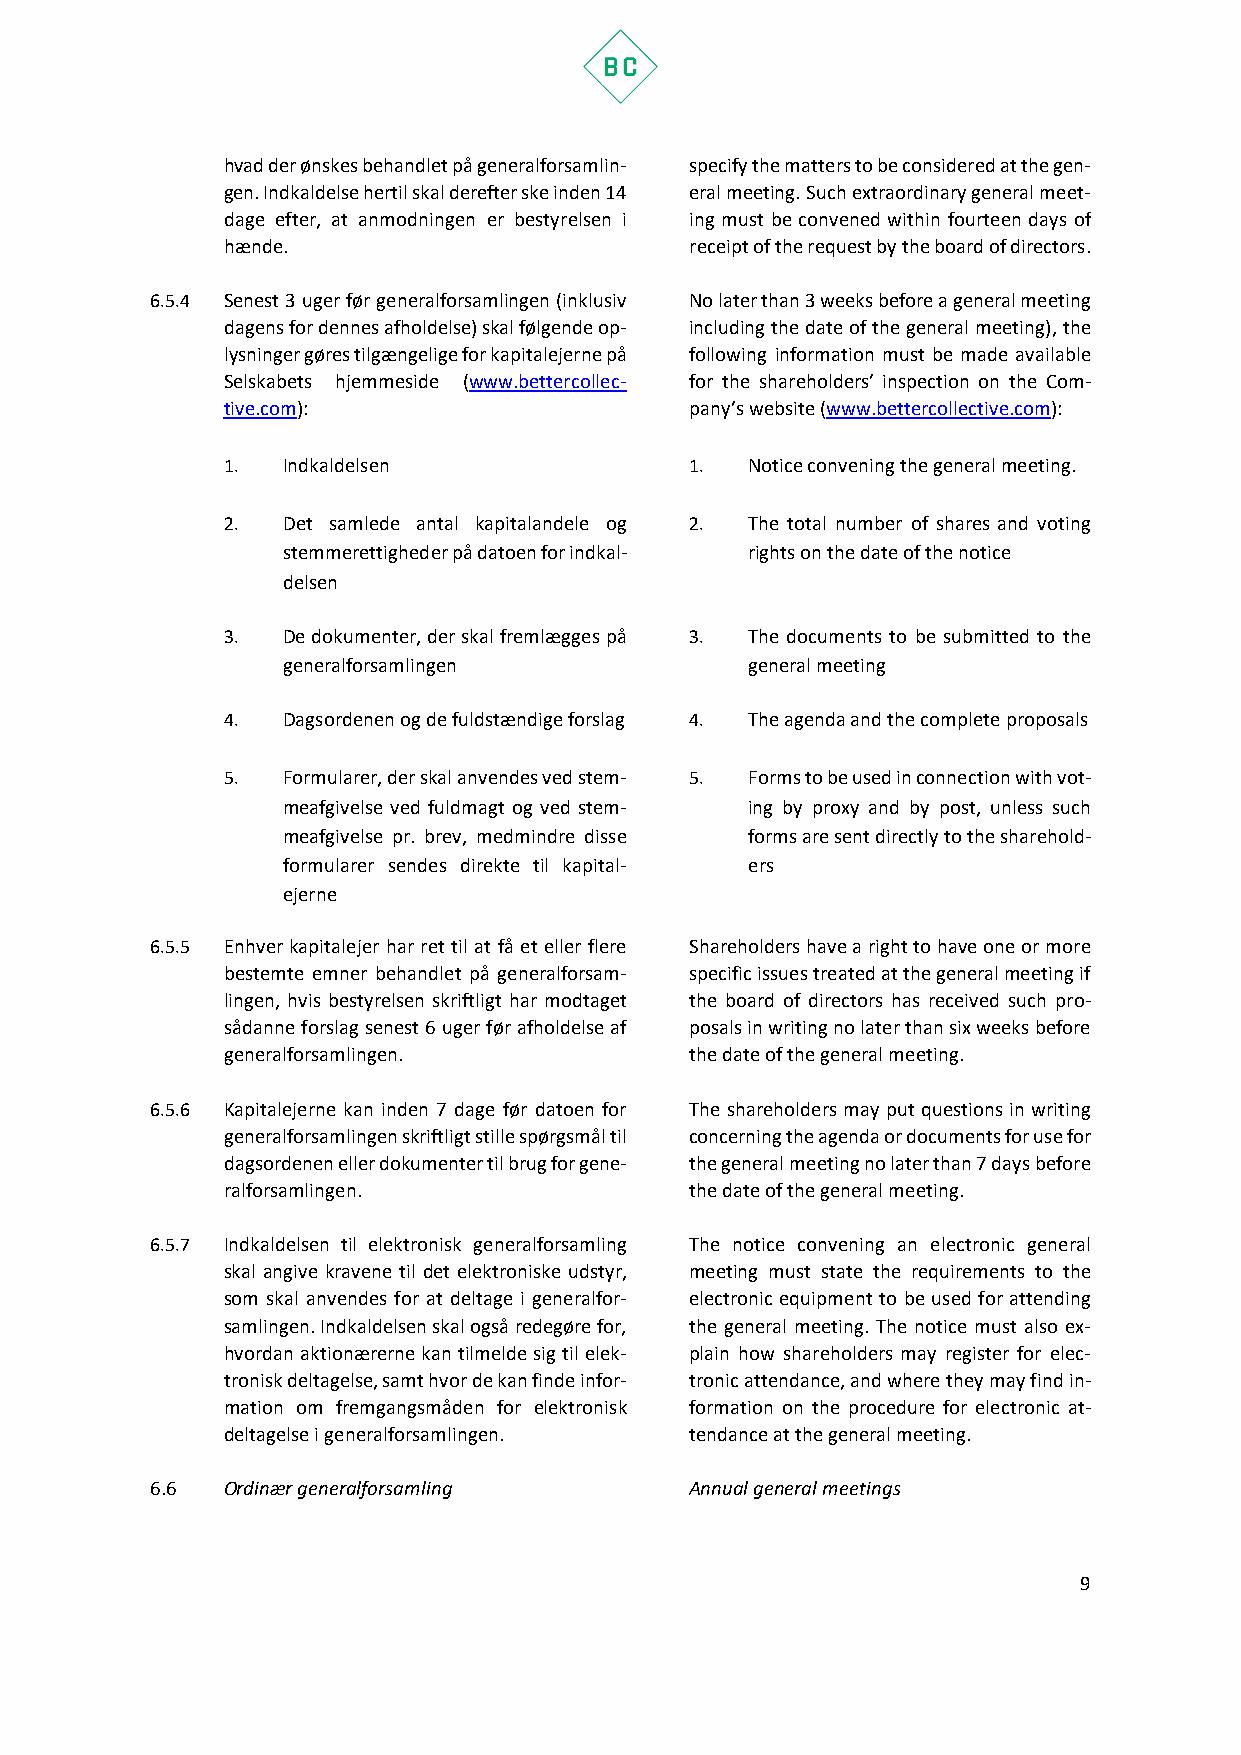
hvad der ønskes behandlet på generalforsamlin- specify the matters to be considered at the gen-
 gen. Indkaldelse hertil skal derefter ske inden 14 eral meeting. Such extraordinary general meet-
 dage efter, at anmodningen er bestyrelsen i ing must be convened within fourteen days of
 hænde.                         receipt of the request by the board of directors.
 6.5.4 Senest 3 uger før generalforsamlingen (inklusiv No later than 3 weeks before a general meeting
 dagens for dennes afholdelse) skal følgende op- including the date of the general meeting), the
 lysninger gøres tilgængelige for kapitalejerne på following information must be made available
 Selskabets hjemmeside (www.bettercollec- for the shareholders’ inspection on the Com-
 tive.com):                     pany’s website (www.bettercollective.com):
 1.  Indkaldelsen               1.  Notice convening the general meeting.
 2.  Det samlede antal kapitalandele og 2. The total number of shares and voting
 stemmerettigheder på datoen for indkal- rights on the date of the notice
 delsen
 3.  De dokumenter, der skal fremlægges på 3. The documents to be submitted to the
 generalforsamlingen            general meeting
 4.  Dagsordenen og de fuldstændige forslag 4. The agenda and the complete proposals
 5.  Formularer, der skal anvendes ved stem- 5. Forms to be used in connection with vot-
 meafgivelse ved fuldmagt og ved stem- ing by proxy and by post, unless such
 meafgivelse pr. brev, medmindre disse forms are sent directly to the sharehold-
 formularer sendes direkte til kapital- ers
 ejerne
 6.5.5 Enhver kapitalejer har ret til at få et eller flere Shareholders have a right to have one or more
 bestemte emner behandlet på generalforsam- specific issues treated at the general meeting if
 lingen, hvis bestyrelsen skriftligt har modtaget the board of directors has received such pro-
 sådanne forslag senest 6 uger før afholdelse af posals in writing no later than six weeks before
 generalforsamlingen.           the date of the general meeting.
 6.5.6 Kapitalejerne kan inden 7 dage før datoen for The shareholders may put questions in writing
 generalforsamlingen skriftligt stille spørgsmål til concerning the agenda or documents for use for
 dagsordenen eller dokumenter til brug for gene- the general meeting no later than 7 days before
 ralforsamlingen.               the date of the general meeting.
 6.5.7 Indkaldelsen til elektronisk generalforsamling The notice convening an electronic general
 skal angive kravene til det elektroniske udstyr, meeting must state the requirements to the
 som skal anvendes for at deltage i generalfor- electronic equipment to be used for attending
 samlingen. Indkaldelsen skal også redegøre for, the general meeting. The notice must also ex-
 hvordan aktionærerne kan tilmelde sig til elek- plain how shareholders may register for elec-
 tronisk deltagelse, samt hvor de kan finde infor- tronic attendance, and where they may find in-
 mation om fremgangsmåden for elektronisk formation on the procedure for electronic at-
 deltagelse i generalforsamlingen. tendance at the general meeting.
 6.6  Ordinær generalforsamling      Annual general meetings
 9